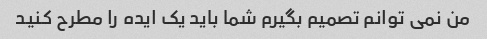
من نمی توانم تصمیم بگیرم شما باید یک ایده را مطرح کنید